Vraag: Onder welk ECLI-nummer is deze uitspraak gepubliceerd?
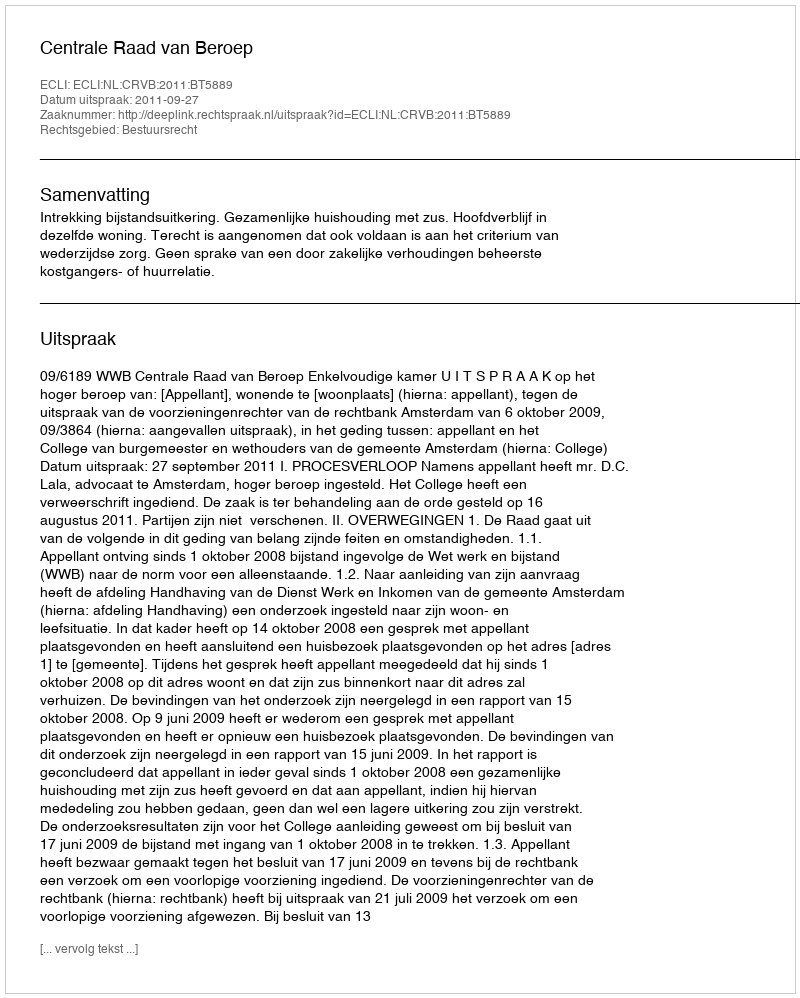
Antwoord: ECLI:NL:CRVB:2011:BT5889